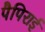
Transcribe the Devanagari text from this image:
पैपिराई